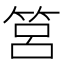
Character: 筥